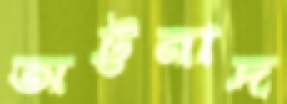
অট্টনাদ